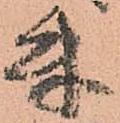
付